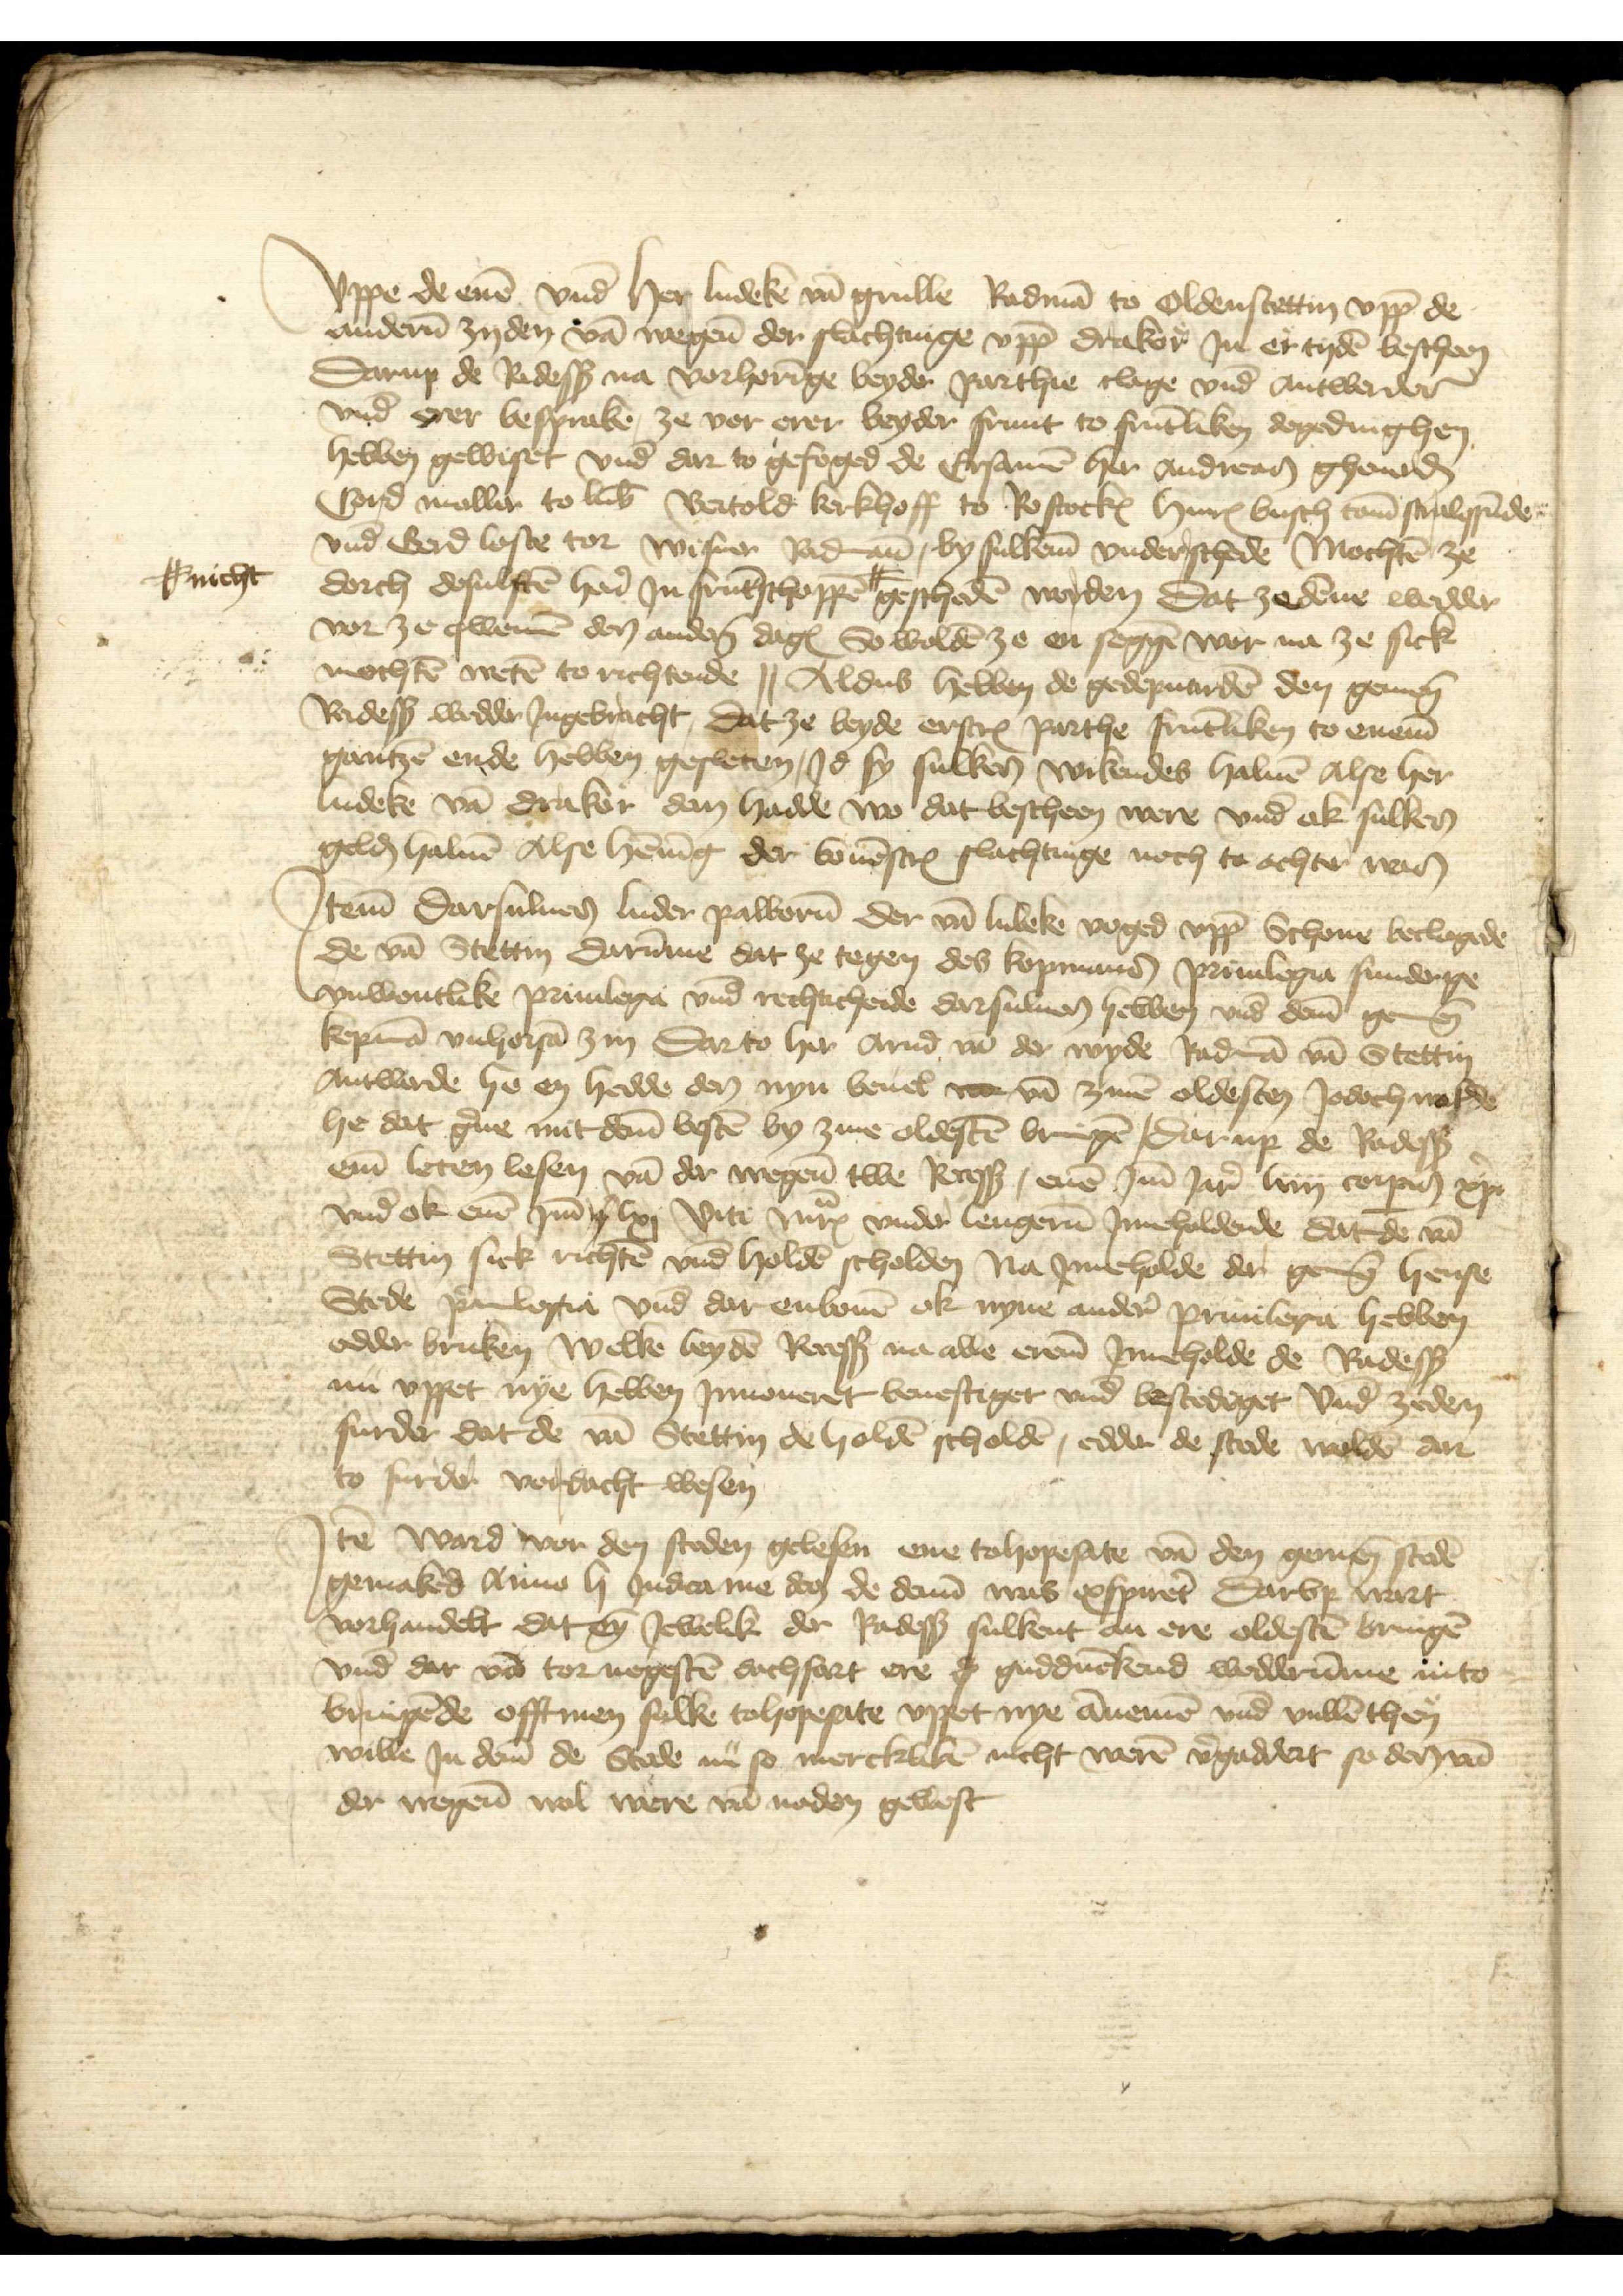
Vppe de enen vnd her Ludeken van Grulle Radman to Oldenstettin vpp de
anderen zyden van wegenen der slachtinge vpp drakor Jn ere tyden bescheen
Darup de Radessendeboden na vorheringe beyder parthie clage vnd antwerder
vnd erer besprake, ze vor erer beyder frunt to fruntliken degedinghen
hebben gewiset vnd dar to gefoged de Ersamen her Andreas Gheuerden
Cord Moller to Lubeke Bertold Kerkhoff to Rostock Hinrick Busch tome Stralessunde
vnd Gerd Loste tor Wismer Rad men by sulkem vnderschede Mochten ze
dorch desulften heren Jn fruntschoppen # gescheden worden dat ze denne wedder
vor ze gwemen den anderen dages So wolden ze en seggen wor na ze sick
mochten weten to richtende || Aldus hebben de gedeputirden den gemenen
Radessendeboden wedder Jngebracht, dat ze beyde erscreuen parthe fruntliken to enem
gantzen ende hebben gesleten, Jd sy sulken wikendes haluen Alse her
Ludeke van Draker den hadde wo dat bescheen were vnd ok sulken
gelde haluen Alse henning der bouenscreuen slachtinge noch te achter was

# nicht

Jtem darsulues Luder Paweren der van Lubeke voged vppe Schone beclagede
de van Stettin Darumme dat ze tegen des kopmans priuilegia sunderge
vnwontlike priuilegie vnd rechticheide darsuluen hebben vnd deme gemenen
kopman vnhorsam zin Darto her Arnd van der Wyde Radman van Stettin
Antworde he en hedde de nyn beuel vo van zinen oldesten Jodoch wolde
he dat gerne mit deme besten by zine oldesten bringen darup de Radessendeboden
eme leten lesen van der wegenen twe Recess, enen Jme Jare liiij corpis christi
vnd ok enen Jme yi lxi viti Marp vnder lengeren Jnneholdende dat de van
Stettin sick richten vnd holden scholden na Jnneholde der gemenen hense
Stede priuilegia vnd dar enbouen ok nyne andere priuilegia hebben
edder briken welke beyden Recesse na alle ereme Jneholde de Radessendeboden
nu vppet nye hebben Jnnoueret beuestiget vnd bestedeget vnde zeden
furder dat de van Stettin de holden scholden, edder de stede wolden dar
to furder verdacht wesen

Jtem ward vor den steden gelesen ene tohopesate van den gemenen steden
gemaked Anno li Judica me de de deme was ixspireter Darvp wart
vorhandelt dat eyn Jewelik der Radessendeboden sulkent an ere oldesten bringen
vnd dar van tor negesten dachfart ere de gudduncked wedderumme nu to
bringende offtmen sulke tohopesate vppet nye annemen vnd vullen then
wille Jn deme de Stede nu so merckliken nicht weren vergaddert so den van
der wegene wol were van noden gewest